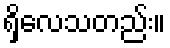
ရှိလေသတည်း။